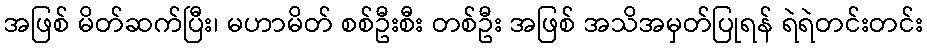
အဖြစ် မိတ်ဆက်ပြီး၊ မဟာမိတ် စစ်ဦးစီး တစ်ဦး အဖြစ် အသိအမှတ်ပြုရန် ရဲရဲတင်းတင်း